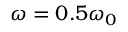
\omega = 0 . 5 \omega _ { 0 }